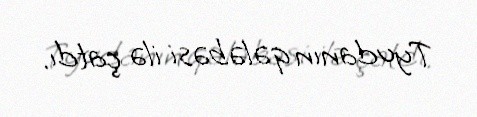
Tyudanın qələbəsi ilə çatdı.